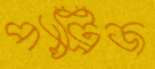
প্যাট্রিজ